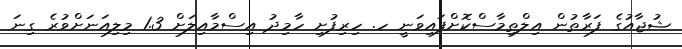
ޝުޖާއުގެ ފަރާތުން އިލްތިމާސްކޮށްފައިވަނީ ހ. ހިރިފުށި ހާމިދު އިސްމާއިލަށް 1.3 މިލިއަނަށްވުރެ ގިނަ